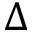
\Delta